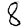
Digit: 8